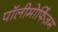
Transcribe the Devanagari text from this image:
पॉलीमोर्फिज़म